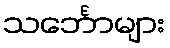
သင်္ဘောများ